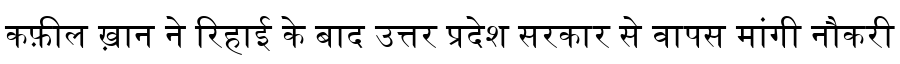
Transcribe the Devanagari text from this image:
कफ़ील ख़ान ने रिहाई के बाद उत्तर प्रदेश सरकार से वापस मांगी नौकरी